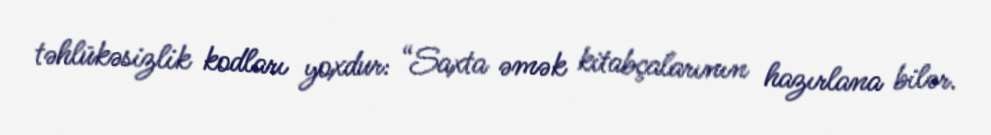
təhlükəsizlik kodları yoxdur: “Saxta əmək kitabçalarının hazırlana bilər.